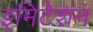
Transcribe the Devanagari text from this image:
इमिटेशन